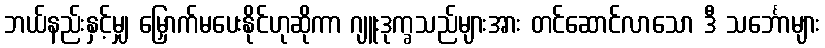
ဘယ်နည်းနှင့်မျှ မြှောက်မပေးနိုင်ဟုဆိုကာ ဂျူးဒုက္ခသည်များအား တင်ဆောင်လာသော ဒီ သင်္ဘောများ